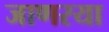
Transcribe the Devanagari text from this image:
जाणरया